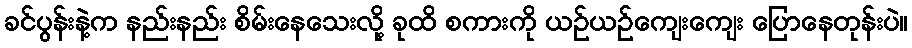
ခင်ပွန်းနဲ့က နည်းနည်း စိမ်းနေသေးလို့ ခုထိ စကားကို ယဉ်ယဉ်ကျေးကျေး ပြောနေတုန်းပဲ။